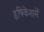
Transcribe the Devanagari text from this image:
हृषिकेशमें